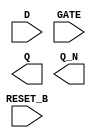
module sky130_fd_sc_hs__dlrbp (
    RESET_B,
    D      ,
    GATE   ,
    Q      ,
    Q_N
);

    input  RESET_B;
    input  D      ;
    input  GATE   ;
    output Q      ;
    output Q_N    ;

    // Voltage supply signals
    supply1 VPWR;
    supply0 VGND;

endmodule